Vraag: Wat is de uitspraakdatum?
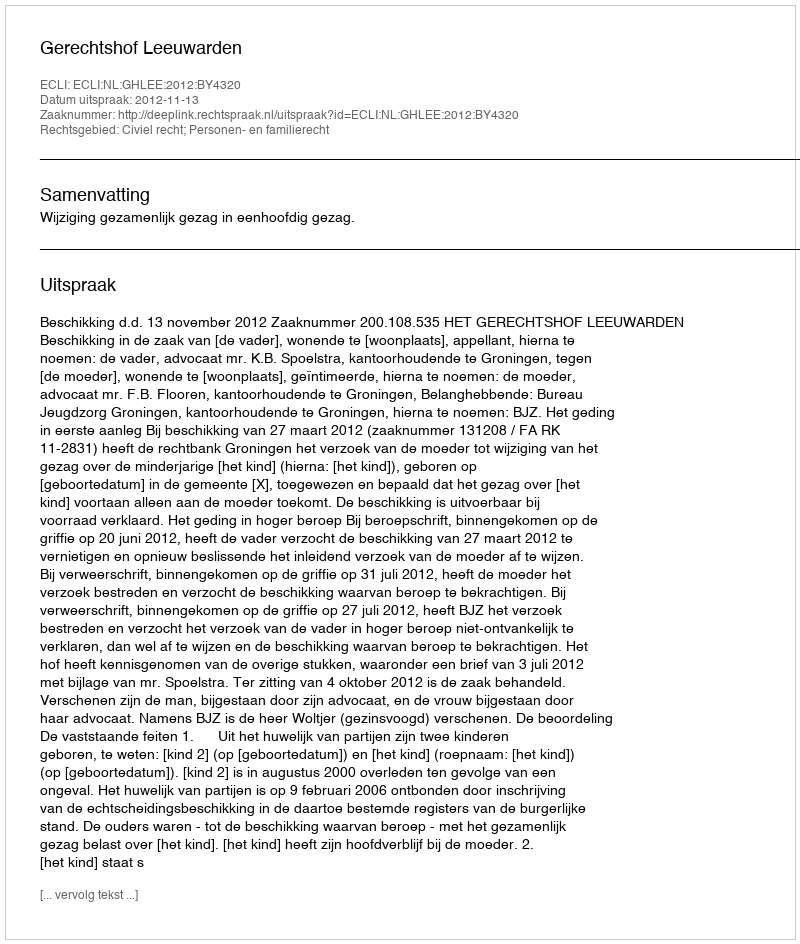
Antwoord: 2012-11-13